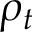
\rho _ { t }